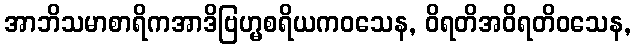
အာဘိသမာစာရိကအာဒိဗြဟ္မစရိယကဝသေန, ဝိရတိအဝိရတိဝသေန,